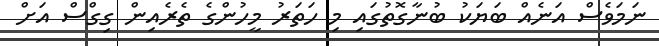
ނަމަވެސް އަނެއް ބަޔަކު ބުނާގޮތުގައި މި ހަތަރު މީހުންގެ ތެރެއިން ގިގްސް އަށް